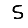
Digit: 5